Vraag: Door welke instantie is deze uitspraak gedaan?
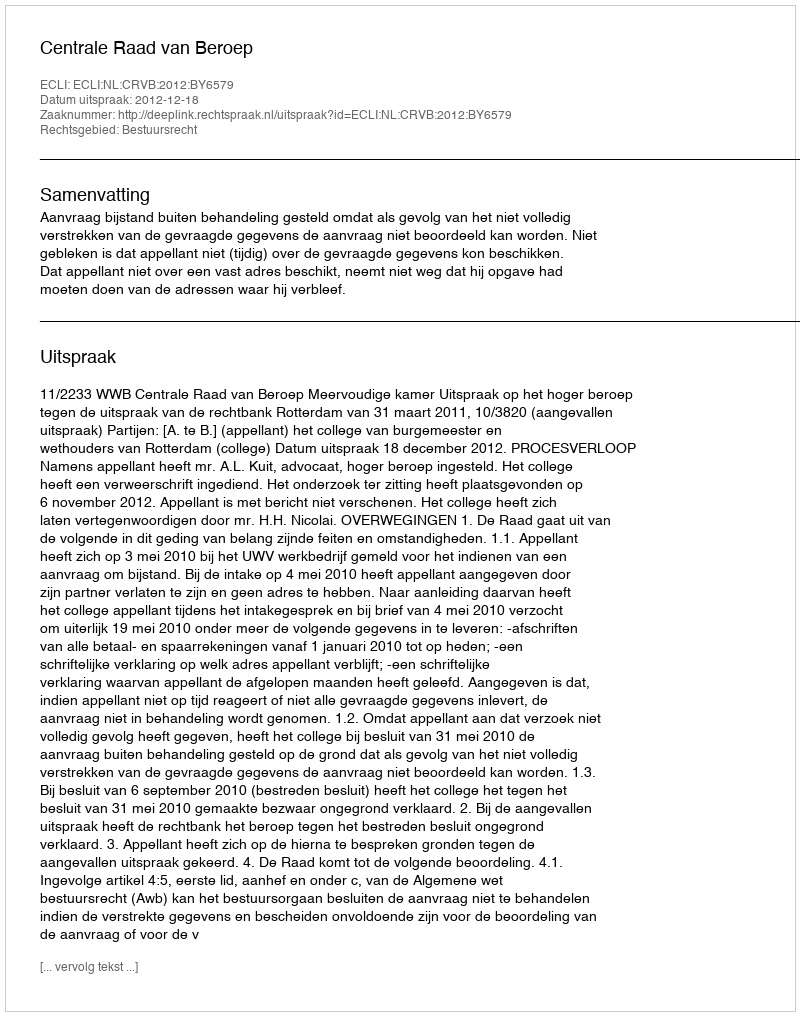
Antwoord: Centrale Raad van Beroep